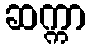
ဆက္ကာ